Senior Leaving Certificate Examination (including Day School Certificate (Higher) General paper), 1946
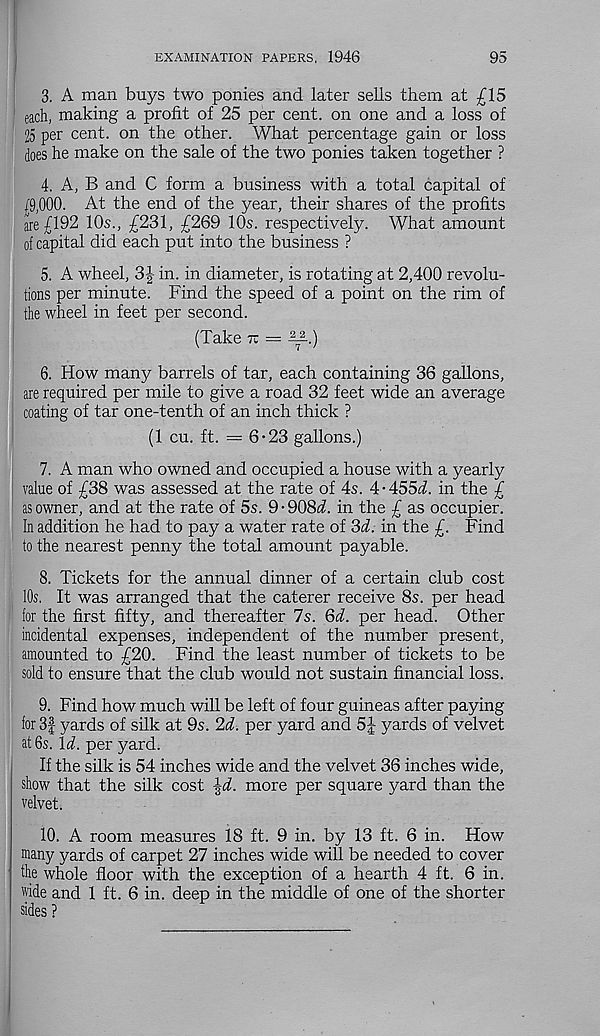
EXAMINATION PAPERS, 1946
95
3. A man buys two ponies and later sells them at £15
each, making a profit of 25 per cent, on one and a loss of
25 per cent, on the other. What percentage gain or loss
does he make on the sale of the two ponies taken together ?
4. A, B and C form a business with a total capital of
/9,000. At the end of the year, their shares of the profits
are £192 10s., £231, £269 10s. respectively. What amount
of capital did each put into the business ?
5. A wheel, 3-| in. in diameter, is rotating at 2,400 revolu-
tions per minute. Find the speed of a point on the rim of
the wheel in feet per second.
(Take tc = 4^.)
6. How many barrels of tar, each containing 36 gallons,
are required per mile to give a road 32 feet wide an average
coating of tar one-tenth of an inch thick ?
(1 cu. ft. = 6-23 gallons.)
7. A man who owned and occupied a house with a yearly
value of £38 was assessed at the rate of 4s. 4-455i. in the £
as owner, and at the rate of 5s. 9 • 908^. in the £ as occupier.
In addition he had to pay a water rate of 3A in the £. Find
to the nearest penny the total amount payable.
8. Tickets for the annual dinner of a certain club cost
10s. It was arranged that the caterer receive 8s. per head
for the first fifty, and thereafter 7s. Qd. per head. Other
incidental expenses, independent of the number present,
amounted to £20. Find the least number of tickets to be
sold to ensure that the club would not sustain financial loss.
9. Find how much will be left of four guineas after paying
for 3f yards of silk at 9s. 2d. per yard and 5J yards of velvet
at 6s. Id. per yard.
If the silk is 54 inches wide and the velvet 36 inches wide,
show that the silk cost \d. more per square yard than the
velvet.
10. A room measures 18 ft. 9 in. by 13 ft. 6 in. How
many yards of carpet 27 inches wide will be needed to cover
the whole floor with the exception of a hearth 4 ft. 6 in.
wide and 1 ft. 6 in. deep in the middle of one of the shorter
sides ?